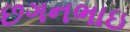
છગનભાઇ